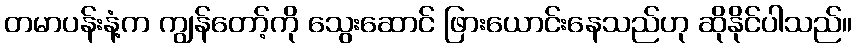
တမာပန်းနံ့က ကျွန်တော့်ကို သွေးဆောင် ဖြားယောင်းနေသည်ဟု ဆိုနိုင်ပါသည်။